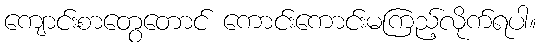
ကျောင်းစာတွေတောင် ကောင်းကောင်းမကြည့်လိုက်ရပါ။